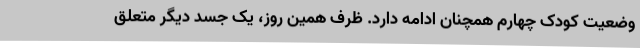
وضعیت کودک چهارم همچنان ادامه دارد. ظرف همین روز، یک جسد دیگر متعلق